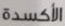
الأكسدة